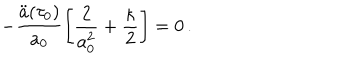
- \frac { \ddot { a } ( \tau _ { 0 } ) } { a _ { 0 } } \left[ \frac { 2 } { a _ { 0 } ^ { 2 } } + \frac { \kappa } { 2 } \right] = 0 \, .